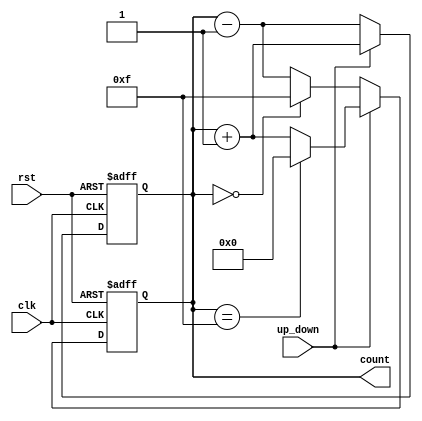
module UpDownCounter #(
    parameter WIDTH = 4 // Parameter to define the width of the counter (default is 4 bits)
)(
    input wire clk,          // Clock input
    input wire rst,          // Asynchronous reset input
    input wire up_down,      // Control signal for counting direction
    output reg [WIDTH-1:0] count // Output count value
);

    // Always block triggered on the rising edge of the clock or on reset
    always @(posedge clk or posedge rst) begin
        if (rst) begin
            count <= 0; // Reset the counter to zero
        end else begin
            if (up_down) begin
                // Count up
                count <= count + 1;
            end else begin
                // Count down
                count <= count - 1;
            end
        end
    end

    // Handle overflow and underflow
    always @(posedge clk or posedge rst) begin
        if (rst) begin
            count <= 0; // Reset the counter to zero
        end else begin
            if (up_down) begin
                // Count up with wrap-around
                count <= (count == {WIDTH{1'b1}}) ? 0 : count + 1; // Wrap around to 0
            end else begin
                // Count down with wrap-around
                count <= (count == 0) ? {WIDTH{1'b1}} : count - 1; // Wrap around to max value
            end
        end
    end

endmodule